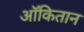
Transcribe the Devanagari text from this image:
ऑकितान